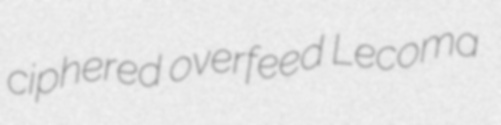
ciphered overfeed Lecoma